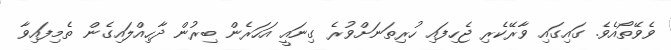
ވެވޭތޯއެވެ. ގައިގައި ވާރޭކެރި ޖެހިފައި ހުރިތަނަށްވުރެ ގިނައީ އަހަރެން ބިރުން ދާހިއްލައިގެން ތެމިފައިވާ